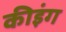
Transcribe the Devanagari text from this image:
कीइंग